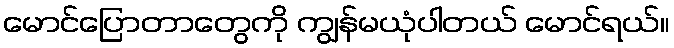
မောင်ပြောတာတွေကို ကျွန်မယုံပါတယ် မောင်ရယ်။